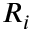
R _ { i }